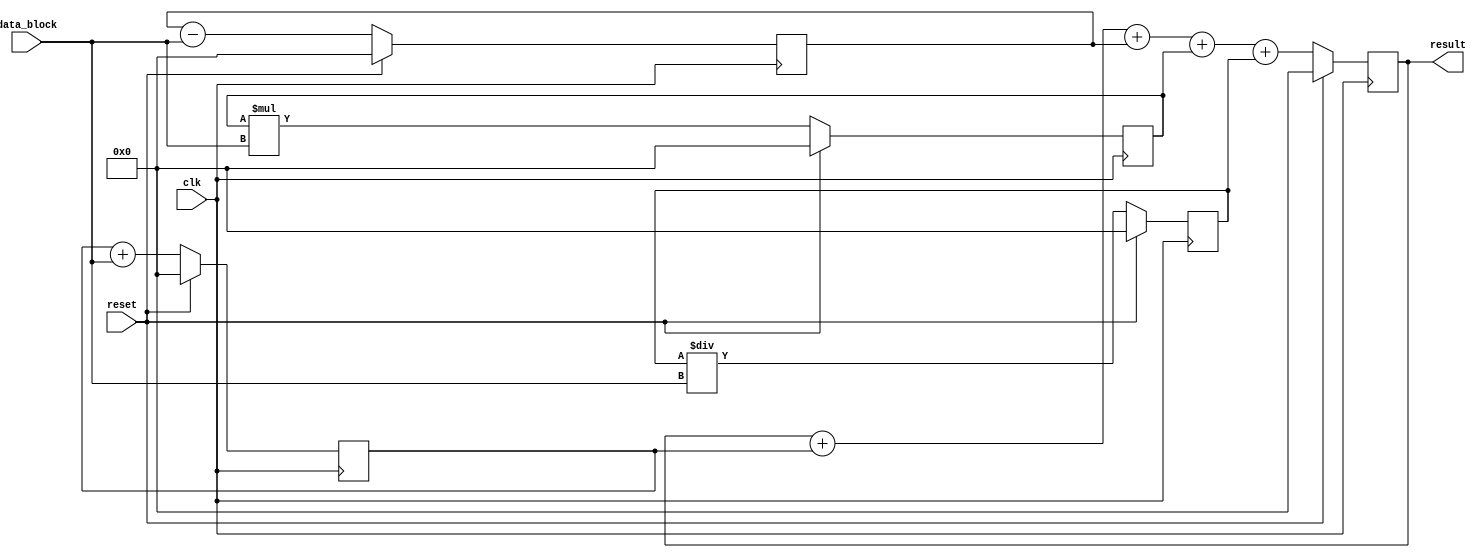
module PipelineAccumulator(
    input clk,
    input reset,
    input [31:0] data_block,
    output reg [31:0] result
);

// Define pipeline stages
reg [31:0] stage1_out;
reg [31:0] stage2_out;
reg [31:0] stage3_out;
reg [31:0] stage4_out;

always @(posedge clk) begin
    if (reset) begin
        result <= 0;
        stage1_out <= 0;
        stage2_out <= 0;
        stage3_out <= 0;
        stage4_out <= 0;
    end else begin
        // Stage 1: Addition
        stage1_out <= stage1_out + data_block;
        
        // Stage 2: Subtraction
        stage2_out <= stage2_out - data_block;
        
        // Stage 3: Multiplication
        stage3_out <= stage3_out * data_block;
        
        // Stage 4: Division
        stage4_out <= stage4_out / data_block;
        
        // Accumulate results
        result <= result + stage1_out + stage2_out + stage3_out + stage4_out;
    end
end

endmodule